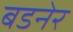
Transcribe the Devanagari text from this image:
बडनेर